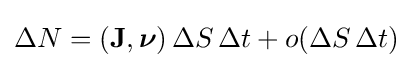
\Delta N=(\mathbf {J} ,{\boldsymbol {\nu }})\,\Delta S\,\Delta t+o(\Delta S\,\Delta t)